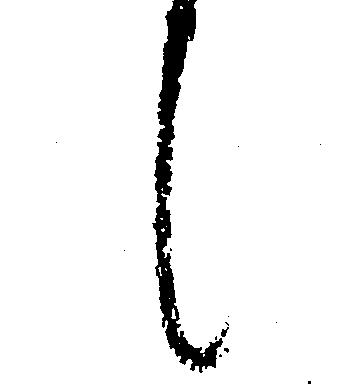
候